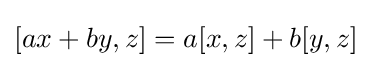
[ax+by,z]=a[x,z]+b[y,z]